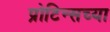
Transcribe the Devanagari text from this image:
प्रोटिन्सच्या